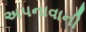
અપનાવાની